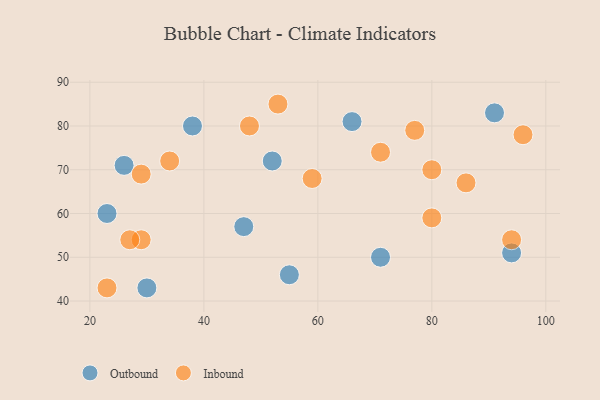
{"axis": {"x": "GDP", "y": "Life Expectancy"}, "legend": ["Inbound", "Outbound"], "data": [{"x": "94", "y": 51, "type": "Outbound"}, {"x": "23", "y": 60, "type": "Outbound"}, {"x": "47", "y": 57, "type": "Outbound"}, {"x": "38", "y": 80, "type": "Outbound"}, {"x": "66", "y": 81, "type": "Outbound"}, {"x": "91", "y": 83, "type": "Outbound"}, {"x": "26", "y": 71, "type": "Outbound"}, {"x": "71", "y": 50, "type": "Outbound"}, {"x": "52", "y": 72, "type": "Outbound"}, {"x": "55", "y": 46, "type": "Outbound"}, {"x": "30", "y": 43, "type": "Outbound"}, {"x": "34", "y": 72, "type": "Inbound"}, {"x": "71", "y": 74, "type": "Inbound"}, {"x": "29", "y": 54, "type": "Inbound"}, {"x": "23", "y": 43, "type": "Inbound"}, {"x": "80", "y": 59, "type": "Inbound"}, {"x": "96", "y": 78, "type": "Inbound"}, {"x": "86", "y": 67, "type": "Inbound"}, {"x": "80", "y": 70, "type": "Inbound"}, {"x": "94", "y": 54, "type": "Inbound"}, {"x": "29", "y": 69, "type": "Inbound"}, {"x": "27", "y": 54, "type": "Inbound"}, {"x": "53", "y": 85, "type": "Inbound"}, {"x": "59", "y": 68, "type": "Inbound"}, {"x": "48", "y": 80, "type": "Inbound"}, {"x": "77", "y": 79, "type": "Inbound"}]}